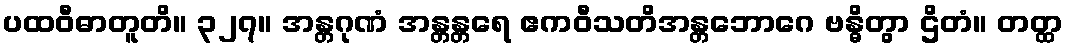
ပထဝီဓာတူတိ။ ၃၂၇။ အန္တဂုဏံ အန္တန္တရေ ဧကဝီသတိအန္တဘောဂေ ဗန္ဓိတွာ ဌိတံ။ တတ္ထ